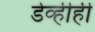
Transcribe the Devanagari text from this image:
डेव्हीही